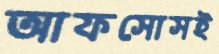
আফসোসই